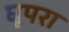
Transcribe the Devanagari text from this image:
घूपरा